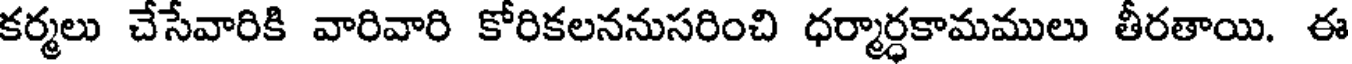
కర్మలు చేసేవారికి వారివారి కోరికలననుసరించి ధర్మార్ధకామములు తీరతాయి. ఈ